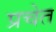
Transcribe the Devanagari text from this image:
प्रचेत